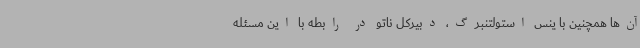
آن‌ها همچنین با ینس استولتنبرگ، دبیرکل ناتو در رابطه با این مسئله